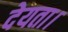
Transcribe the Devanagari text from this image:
देयता।